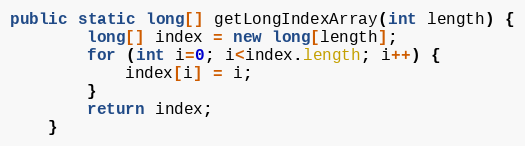
Language: Java
public static long[] getLongIndexArray(int length) {
        long[] index = new long[length];
        for (int i=0; i<index.length; i++) {
            index[i] = i;
        }
        return index;
    }